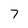
Character: 7